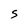
Character: S